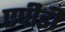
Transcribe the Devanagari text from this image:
एपीडी